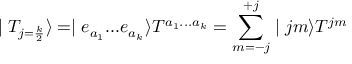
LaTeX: \mid T _ { j = \frac { k } { 2 } } \rangle = \mid e _ { a _ { 1 } } . . . e _ { a _ { k } } \rangle T ^ { a _ { 1 } . . . a _ { k } } = \sum _ { m = - j } ^ { + j } \mid j m \rangle T ^ { j m }